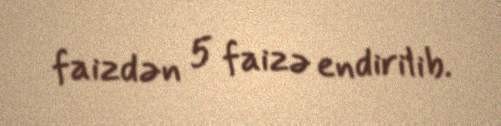
faizdən 5 faizə endirilib.